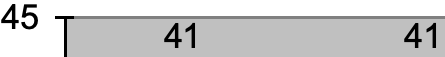
45 41      41